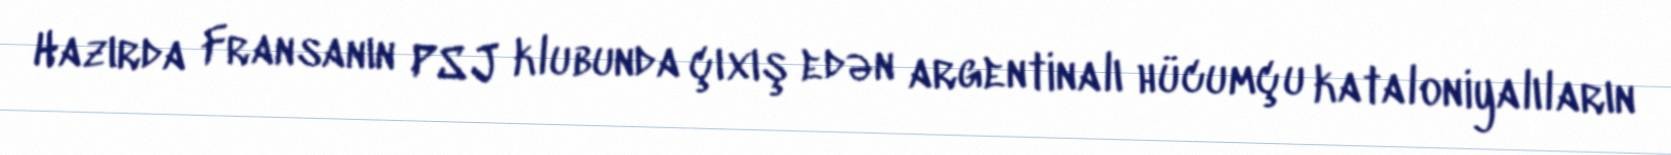
Hazırda Fransanın PSJ klubunda çıxış edən argentinalı hücumçu kataloniyalıların